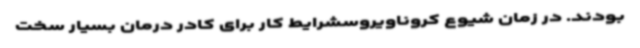
بودند. در زمان شیوع کروناویروسشرایط کار برای کادر درمان بسیار سخت